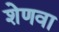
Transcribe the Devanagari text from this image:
शेणवा